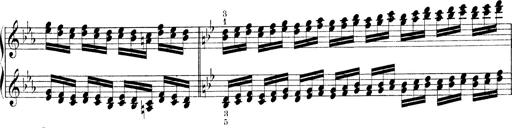
Title: Technische Studien
Composer: Franz Liszt